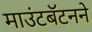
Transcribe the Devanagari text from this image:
माउंटबॅटनने